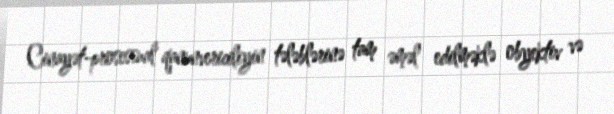
Cinayət-prosessual qanunvericiliyin tələblərinə tam əməl edilməklə obyektiv və